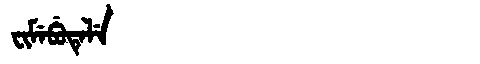
Manchu: ᠸᡳᠮᡝᠪᡠᡨᡝᠯᡝ
Romanization: FIMEBUTELE